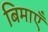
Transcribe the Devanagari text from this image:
बिमाएँ